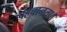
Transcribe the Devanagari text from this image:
पहचानता।